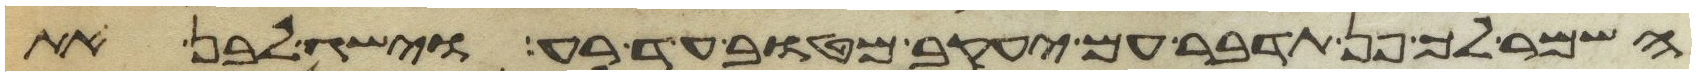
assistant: השמר לך פן תדבר עם יעקב מטוב עד רע וישג לבן את